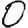
Digit: 0